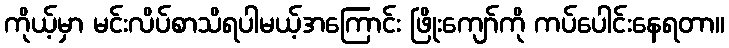
ကိုယ့်မှာ မင်းလိပ်စာသိရပါမယ့်အကြောင်း ဖြိုးကျော်ကို ကပ်ပေါင်းနေရတာ။